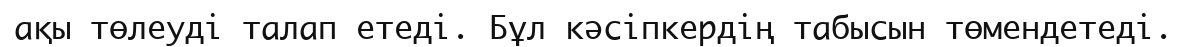
ақы төлеуді талап етеді. Бұл кәсіпкердің табысын төмендетеді.